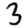
Digit: 3